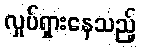
လှုပ်ရှားနေသည့်